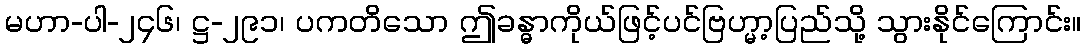
မဟာ-ပါ-၂၄၆၊ ဋ္ဌ-၂၉၁၊ ပကတိသော ဤခန္ဓာကိုယ်ဖြင့်ပင်ဗြဟ္မာ့ပြည်သို့ သွားနိုင်ကြောင်း။